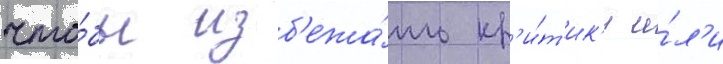
что́бы изб'ежа́ть кр'и́т'ик'и и́л'и